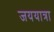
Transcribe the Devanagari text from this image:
जययात्रा